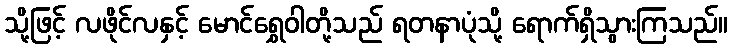
သို့ဖြင့် လဖိုင်လနှင့် မောင်ရွှေဝါတို့သည် ရတနာပုံသို့ ရောက်ရှိသွားကြသည်။